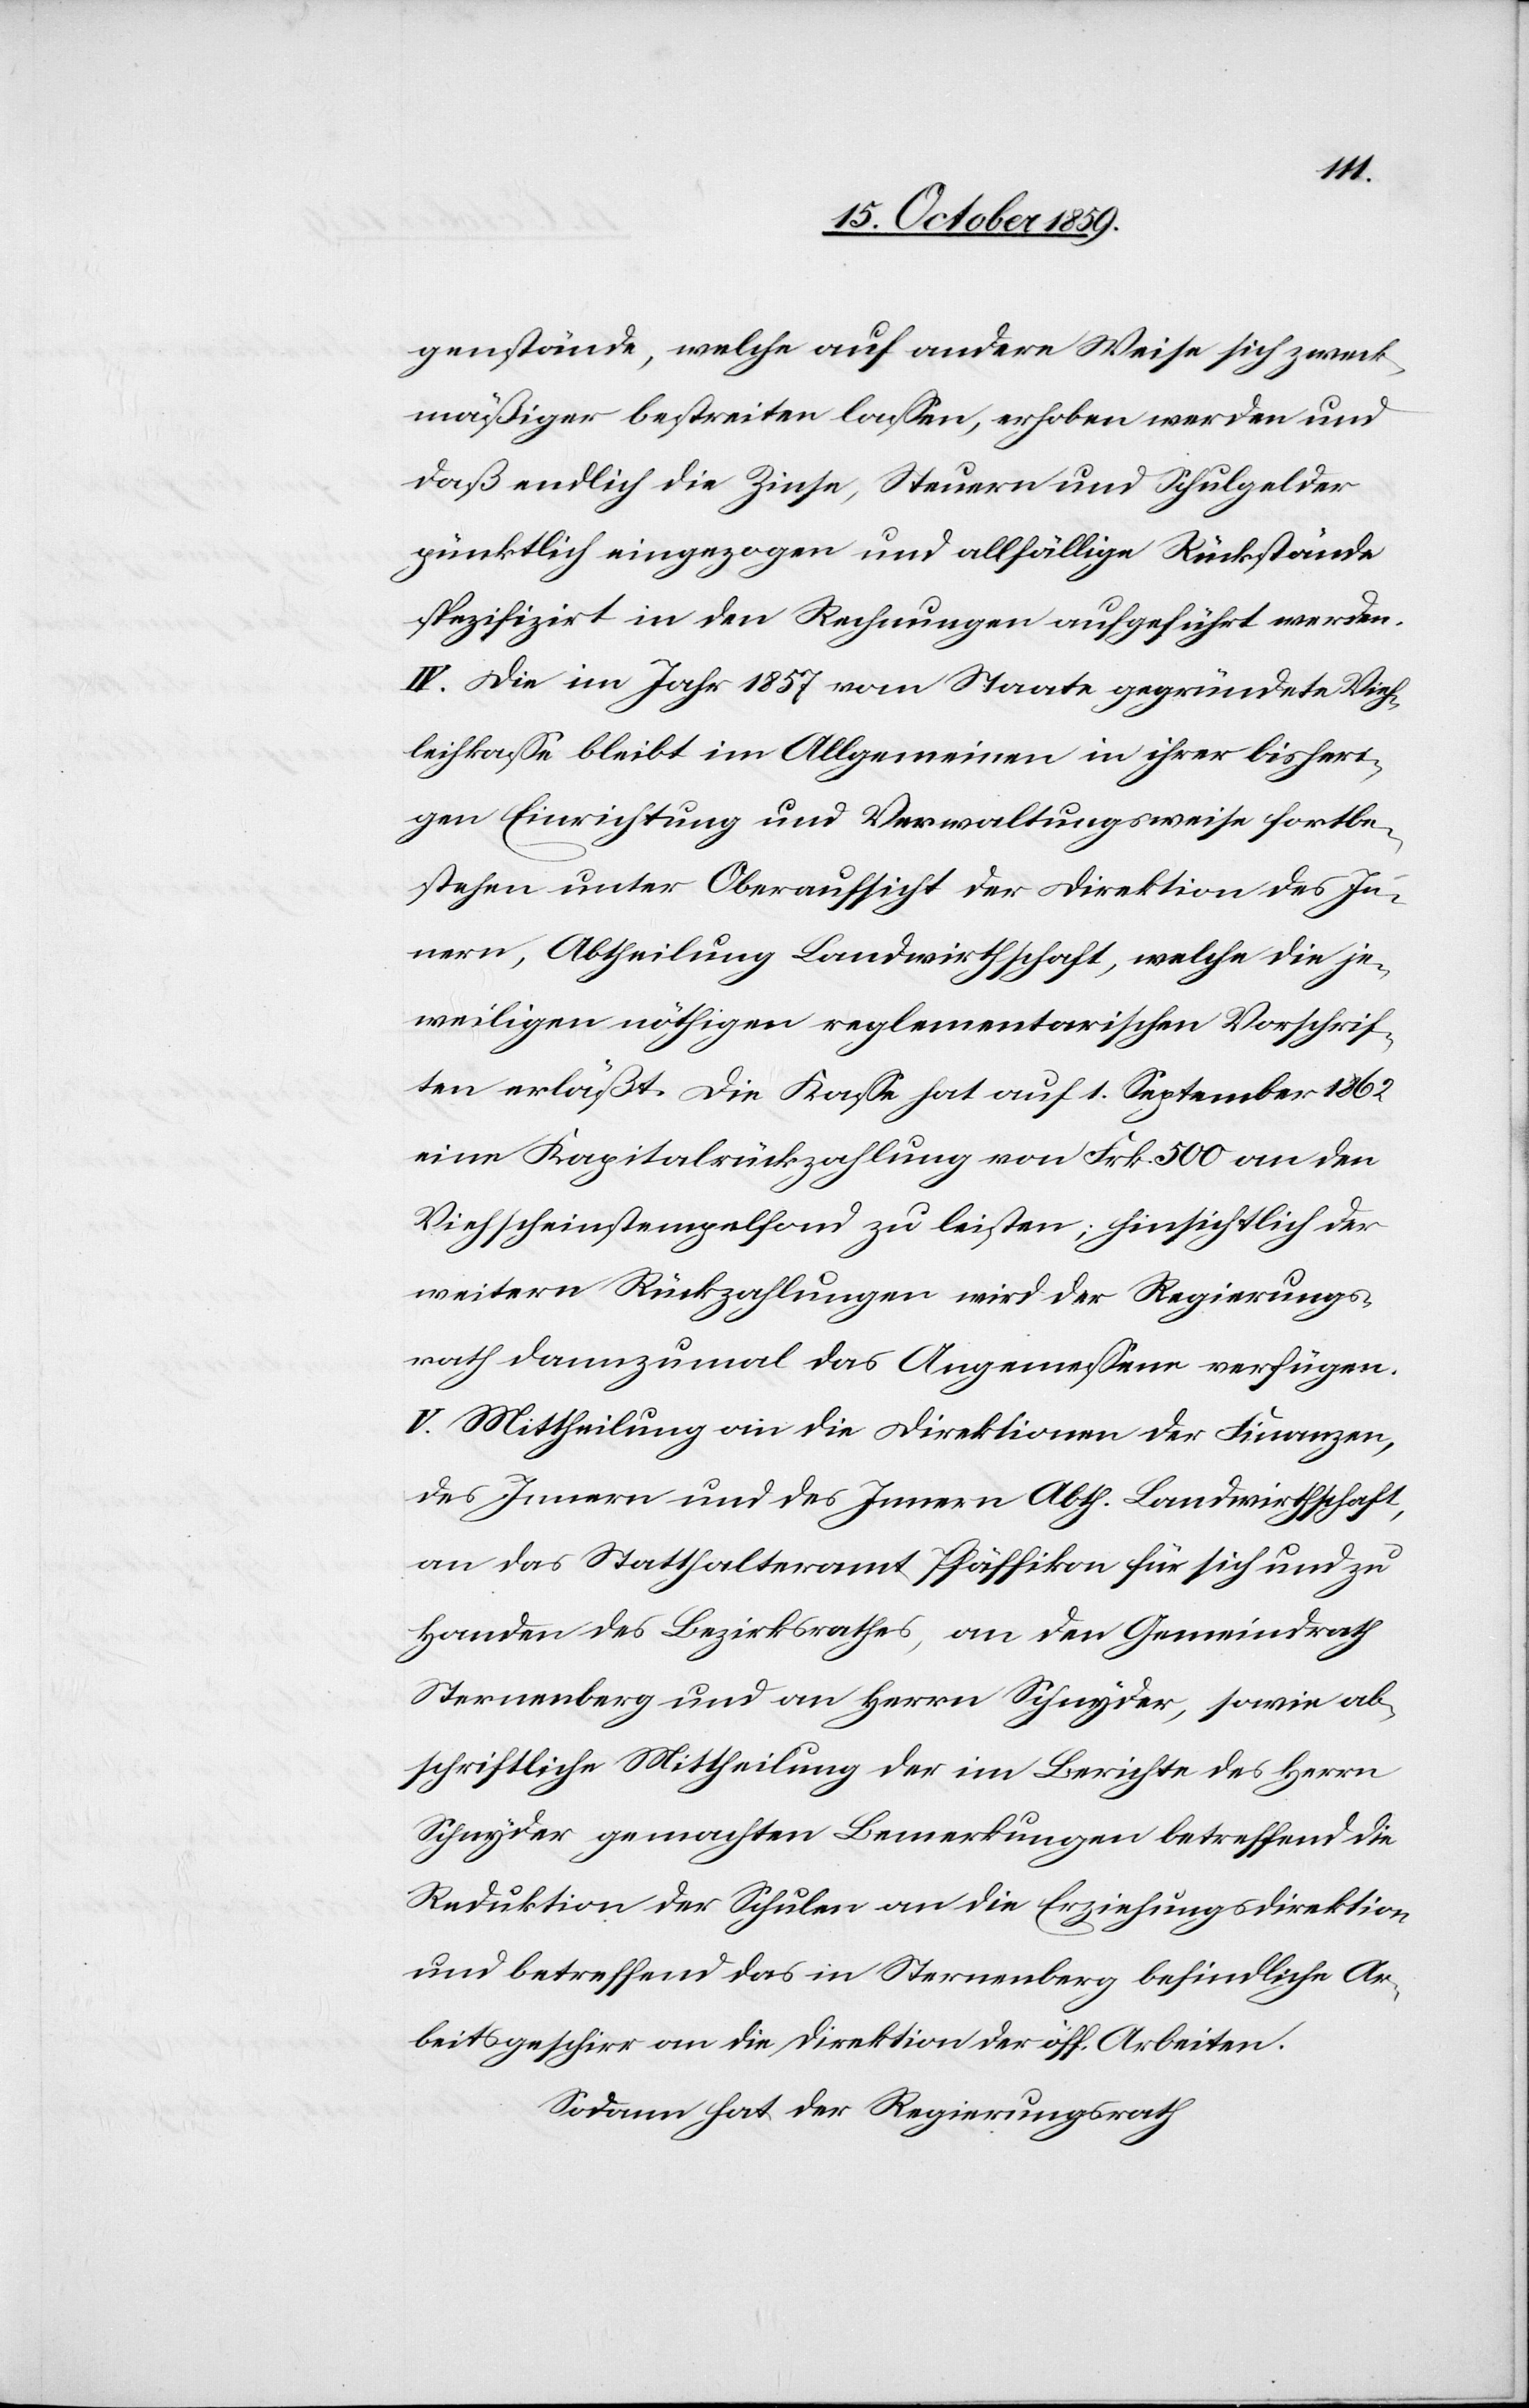
genstände, welche auf andere Weise sich zweck¬
mäßiger bestreiten lassen, erhoben werden und
daß endlich die Zinse, Steuern und Schulgelder
pünktlich eingezogen und allfällige Rückstände
spezifizirt in den Rechnungen aufgeführt werden.
IV. Die im Jahr 1857 vom Staate gegründete Vieh¬
leihkasse bleibt im Allgemeinen in ihrer bisheri¬
gen Einrichtung und Verwaltungsweise fortbe¬
stehen unter Oberaufsicht der Direktion des In¬
nern, Abtheilung Landwirthschaft, welche die je¬
weiligen nöthigen reglementarischen Vorschrif¬
ten erläßt. Die Kasse hat auf 1. September 1862
eine Kapitalrückzahlung von Frk. 500 an den
Viehscheinstempelfond zu leisten; hinsichtlich der
weitern Rückzahlungen wird der Regierungs¬
rath dannzumal das Angemessene verfügen.
V. Mittheilung an die Direktionen der Finanzen,
des Innern und des Innern Abth. Landwirthschaft,
an das Statthalteramt Pfäffikon für sich und zu
Handen des Bezirksrathes, an den Gemeindrath
Sternenberg und an Herrn Schnyder, sowie ab¬
schriftliche Mittheilung der im Berichte des Herrn
Schnyder gemachten Bemerkungen betreffend die
Reduktion der Schulen an die Erziehungsdirektion
und betreffend das in Sternenberg befindliche Ar¬
beitsgeschirr an die Direktion der öff. Arbeiten.
Sodann hat der Regierungsrath